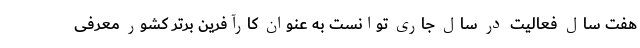
هفت سال فعالیت در سال جاری توانست به عنوان کارآفرین برتر کشور معرفی